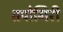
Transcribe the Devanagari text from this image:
तपोगिरी